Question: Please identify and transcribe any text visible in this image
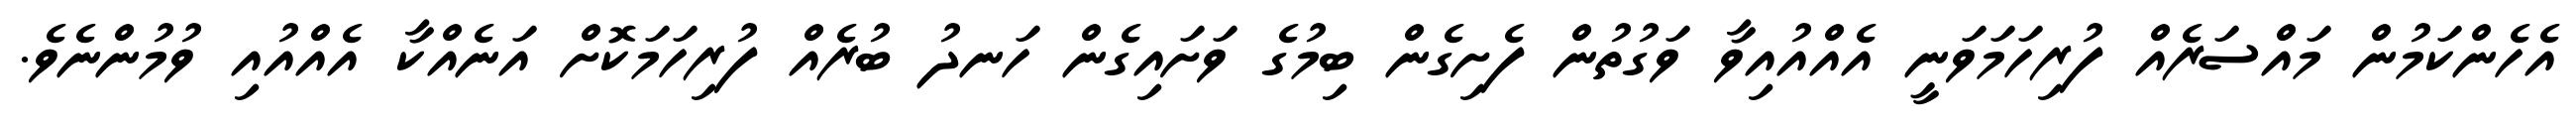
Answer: އެހެންކަމުން މައްސަރެއް ފުރިހަމަވަނީ އެއްއުއިވާ ވަގުތުން ފެށިގެން ބިމުގެ ވަށައިގެން ހަނދު ބުރެއް ފުރިހަމަކޮށް އަނެއްކާ އެއްއުއި ވުމުންނެވެ.